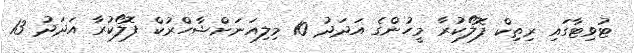
ޓުވިޓާގައި ރިތިކް ފޮލޯކުރާ މީހުންގެ އަދަދު 10 މިލިއަނަށްޝާހްރުކް ފޮލޯކުރާ އަދަދު 13